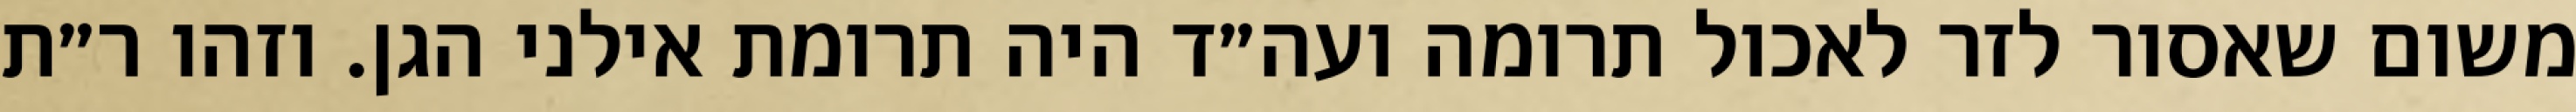
משום שאסור לזר לאכול תרומה ועה״ד היה תרומת אילני הגן. וזהו ר״ת